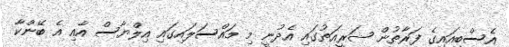
އެސްބީއައިގެ ފަރާތުން ޝަރީއަތުގައި އެދުނީ މި މައްސަލައިގައި އިލްޔާސް އާއި އެ ބޭންކާ